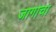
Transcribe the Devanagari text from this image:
जागाचा